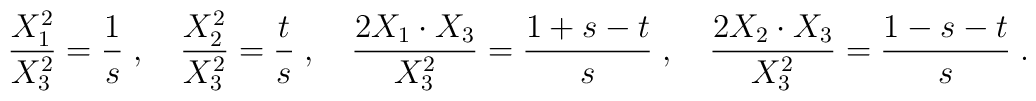
{X^2_1\over X^2_3} ={1\over s}\;,\quad {X^2_2\over X^2_3} = {t\over s}\;, \quad {2X_1\cdot X_3\over X^2_3} ={1+s-t\over s}\;, \quad {2X_2\cdot X_3\over X^2_3} = {1-s-t\over s}\;.